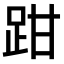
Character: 𫏄